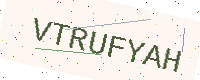
Text: VTRUFYAH